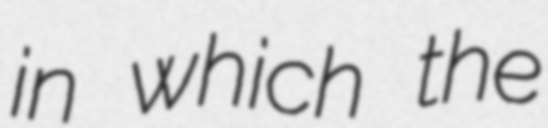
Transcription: in which the